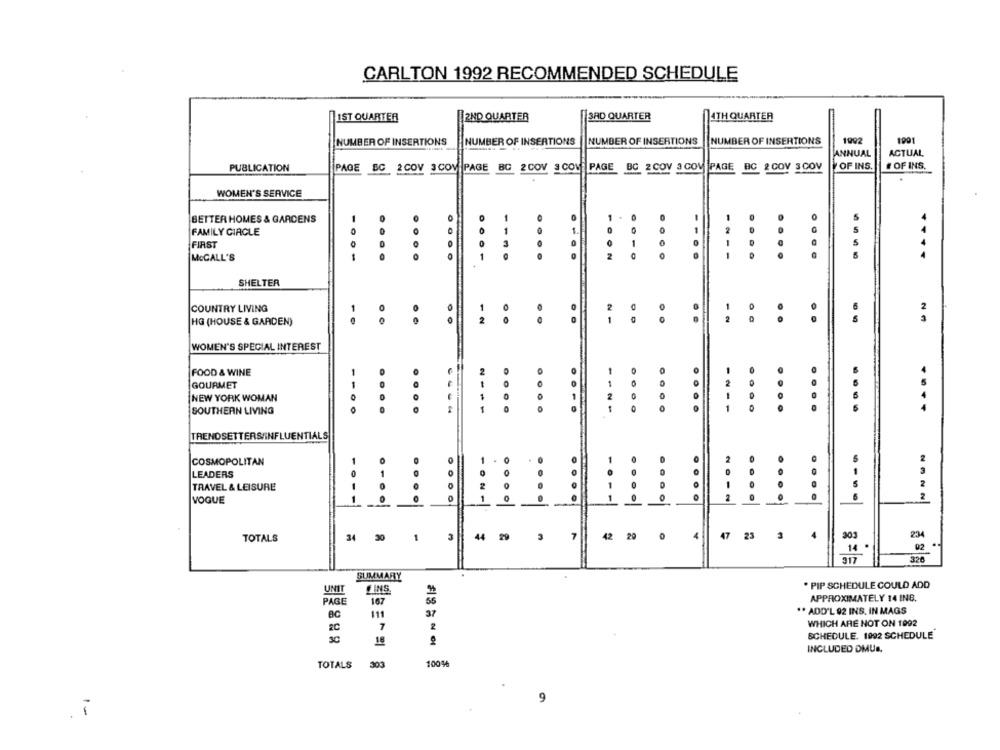
CARLTON 1992 RECOMMENDED SCHEDULE
1ST QUARTER
2ND QUARTER
3RD QUARTER
4TH QUARTER
NUMBER OF INSERTIONS
NUMBER OF INSERTIONS
NUMBER OF INSERTIONS
NUMBER OF INSERTIONS
1992
1991
ANNUAL
ACTUAL
OF INS
# OF INS.
PUBLICATION
PAGE BC 2COV 3 COM PAGE BC 2COV # COW PAGE BC 2 COV 3 COM PAGE BC & COV SCOV
WOMEN'S SERVICE
5
BETTER HOMES & GARDENS
-
FAMILY CIRCLE
0
5
.
FIRST
----
....
MCCALL'S
-
.
....
- ...
SHELTER
COUNTRY LIVING
-
2
HG (HOUSE & GARDEN)
2
0
..
WOMEN'S SPECIAL INTEREST
FOOD & WINE
2
-
O
1
GOURMET
1
.
.
.
.
NEW YORK WOMAN
1
2
0
B
.
.
SOUTHERN LIVING
-
....
---
0
....
....
TRENDSETTERS/INFLUENTIALS
1
1
COSMOPOLITAN
0
O
3
LEADERS
1
0
TRAVEL & LEISURE
2
1
...
VOGUE
0
0
-
.....
....
2
TOTALS
34
30
1
44
7
42
20
4
47 23 3
4
303
234
14
02
217
320
SUMMARY
. PIP SCHEDULE COULD ADD
UNIT
FINS
PAGE
167
55
APPROXIMATELY 14 INB.
AC
111
37
". ADD'L 92 INS. IN MAGS
WHICH ARE NOT ON 1992
7
2
SCHEDULE. 1992 SCHEDULE
16
INCLUDED DMUS,
TOTALS
303
100%
9
1-
.